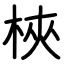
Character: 梜